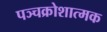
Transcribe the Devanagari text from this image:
पञ्चक्रोशात्मक